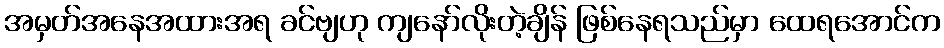
အမှတ်အနေအထားအရ ခင်ဗျဟု ကျနော်လိုးတဲ့ချိန် ဖြစ်နေရသည်မှာ ထေရအောင်က